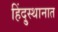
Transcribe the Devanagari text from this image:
हिंदु्स्थानात